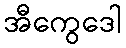
အီကွေဒေါ